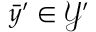
\bar { y } ^ { \prime } \in \mathcal { Y } ^ { \prime }